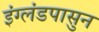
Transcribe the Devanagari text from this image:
इंग्लंडपासुन